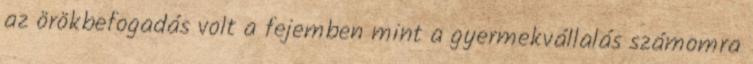
az örökbefogadás volt a fejemben mint a gyermekvállalás számomra